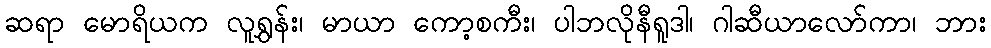
ဆရာ မောရိယက လူရွှန်း၊ မာယာ ကော့စကီး၊ ပါဘလိုနီရူဒါ၊ ဂါဆီယာလော်ကာ၊ ဘား